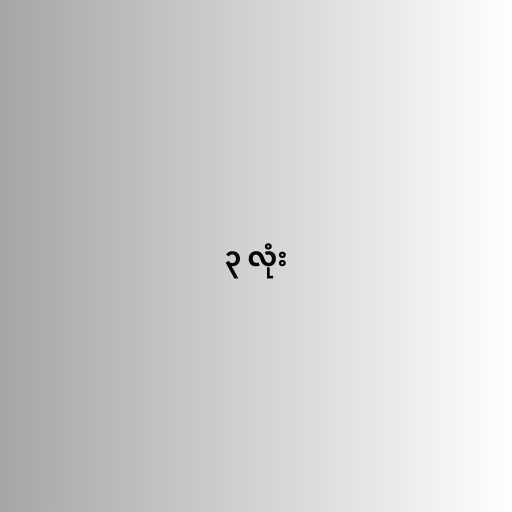
၃ လုံး